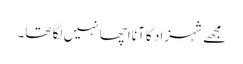
مجھے شہزاد کا آنا اچھا نہیں لگا تھا۔